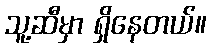
သူ့ဆီမှာ ရှိနေတယ်။